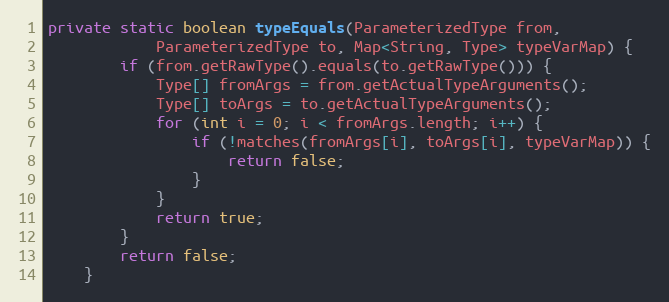
Language: Java
private static boolean typeEquals(ParameterizedType from,
			ParameterizedType to, Map<String, Type> typeVarMap) {
		if (from.getRawType().equals(to.getRawType())) {
			Type[] fromArgs = from.getActualTypeArguments();
			Type[] toArgs = to.getActualTypeArguments();
			for (int i = 0; i < fromArgs.length; i++) {
				if (!matches(fromArgs[i], toArgs[i], typeVarMap)) {
					return false;
				}
			}
			return true;
		}
		return false;
	}